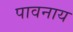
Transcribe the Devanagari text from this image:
पावनाय